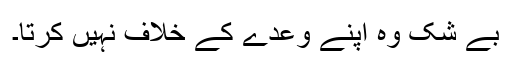
بے شک وہ اپنے وعدے کے خلاف نہیں کرتا۔